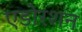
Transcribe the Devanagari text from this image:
एडोरशन